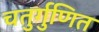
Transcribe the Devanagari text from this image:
चतुर्गुणित